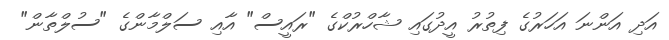
އަދި އަންނަ އަހަރުގެ ފިތުރު އީދުގައި ޝާހްރުކްގެ "ރައީސް" އާއި ސަލްމާންގެ "ސުލްތާން"